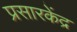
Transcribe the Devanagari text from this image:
प्रसारकेंद्र